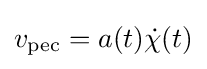
v_{\text{pec}}=a(t){\dot {\chi }}(t)